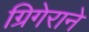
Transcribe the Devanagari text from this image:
ग्रिगेराने